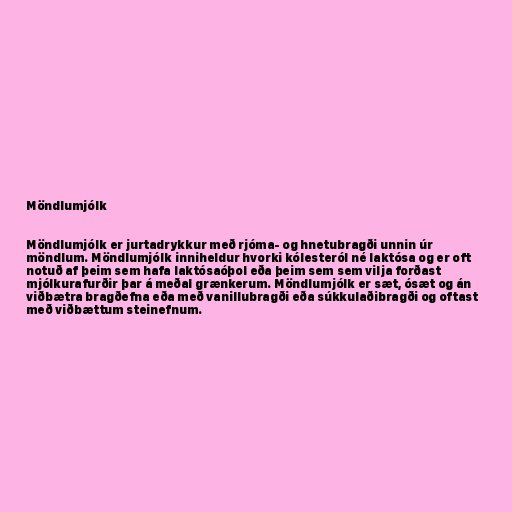
Möndlumjólk

Möndlumjólk er jurtadrykkur með rjóma- og hnetubragði unnin úr
möndlum. Möndlumjólk inniheldur hvorki kólesteról né laktósa og er oft
notuð af þeim sem hafa laktósaóþol eða þeim sem sem vilja forðast
mjólkurafurðir þar á meðal grænkerum. Möndlumjólk er sæt, ósæt og án
viðbætra bragðefna eða með vanillubragði eða súkkulaðibragði og oftast
með viðbættum steinefnum.